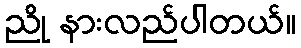
ညို နားလည်ပါတယ်။